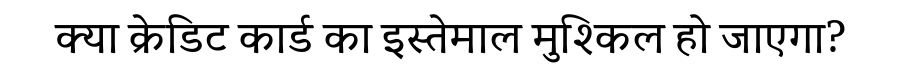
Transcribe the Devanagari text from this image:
क्या क्रेडिट कार्ड का इस्तेमाल मुश्किल हो जाएगा?